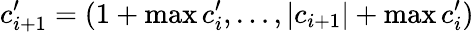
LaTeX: c_{i+1}^{\prime}=(1+\operatorname*{max}{c_{i}^{\prime}},\ldots,\left|{c_{i+1}}\right|+\operatorname*{max}{c_{i}^{\prime}})